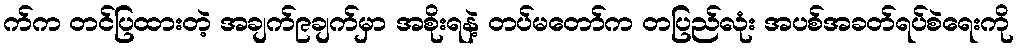
က်က တင်ပြထားတဲ့ အချက်၉ချက်မှာ အစိုးရနဲ့ တပ်မတော်က တပြည်လုံး အပစ်အခတ်ရပ်စဲရေးကို